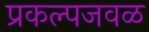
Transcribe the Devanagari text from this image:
प्रकल्पजवळ